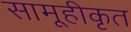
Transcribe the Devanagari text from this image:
सामूहीकृत